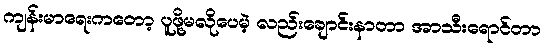
ကျန်းမာရေးကတော့ ပူဖို့မလိုပေမဲ့ လည်းချောင်းနာတာ အာသီးရောင်တာ